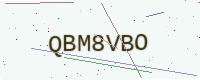
Text: QBM8VBO